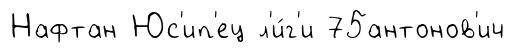
Нафтан Юс'ип'ец л'и́г'и 75антонов'ич